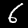
Label: 6